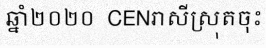
ឆ្នាំ២០២០  CENរាសីស្រុតចុះ